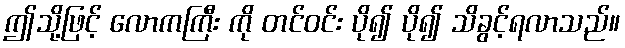
ဤသို့ဖြင့် လောကကြီး ကို တင်ဝင်း ပို၍ ပို၍ သိခွင့်ရလာသည်။